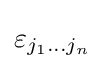
\varepsilon _{j_{1}\dots j_{n}}